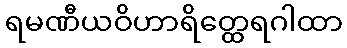
ရမဏီယဝိဟာရိတ္ထေရဂါထာ